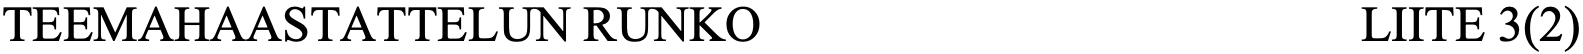
TEEMAHAASTATTELUN  RUNKO                     LIITE 3(2)